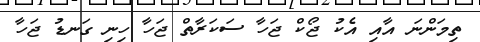
ތިމަންނަ އާއި އެކު ޖޯކް ޖަހާ ސަކަރާތް ޖަހާ ހިނި ގަނޑު ޖަހާ